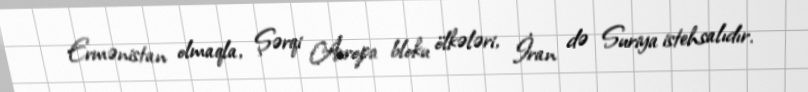
Ermənistan olmaqla, Şərqi Avropa bloku ölkələri, İran də Suriya istehsalıdır.